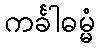
ကင်္ခါဓမ္မံ